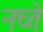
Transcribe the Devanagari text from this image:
नच्ते